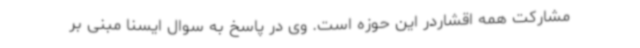
مشارکت همه اقشاردر این حوزه است. وی در پاسخ به سوال ایسنا مبنی بر